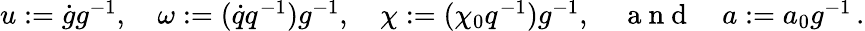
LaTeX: \begin{array}{r}{u:=\dot{g}g^{-1},\quad\omega:=(\dot{q}q^{-1})g^{-1},\quad\chi:=(\chi_{0}q^{-1})g^{-1},\quad\mathrm{~a~n~d~}\quad a:=a_{0}g^{-1}\, .}\end{array}